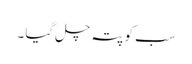
سب کو پتہ چل گیا ۔